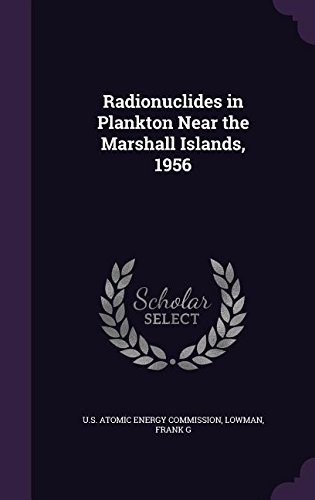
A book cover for Radionuclides in Plankton Near the Marshall Islands, 1956; Frank G Lowman; History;